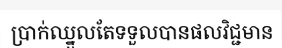
ប្រាក់ឈ្នួលតែទទួលបានផលវិជ្ជមាន